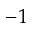
- 1